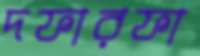
দফারফা